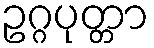
ဥဂ္ဂပုတ္တာ